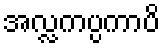
အလ္လကပ္ပကာပိ